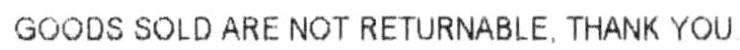
GOODS SOLD ARE NOT RETURNABLE, THANK YOU.